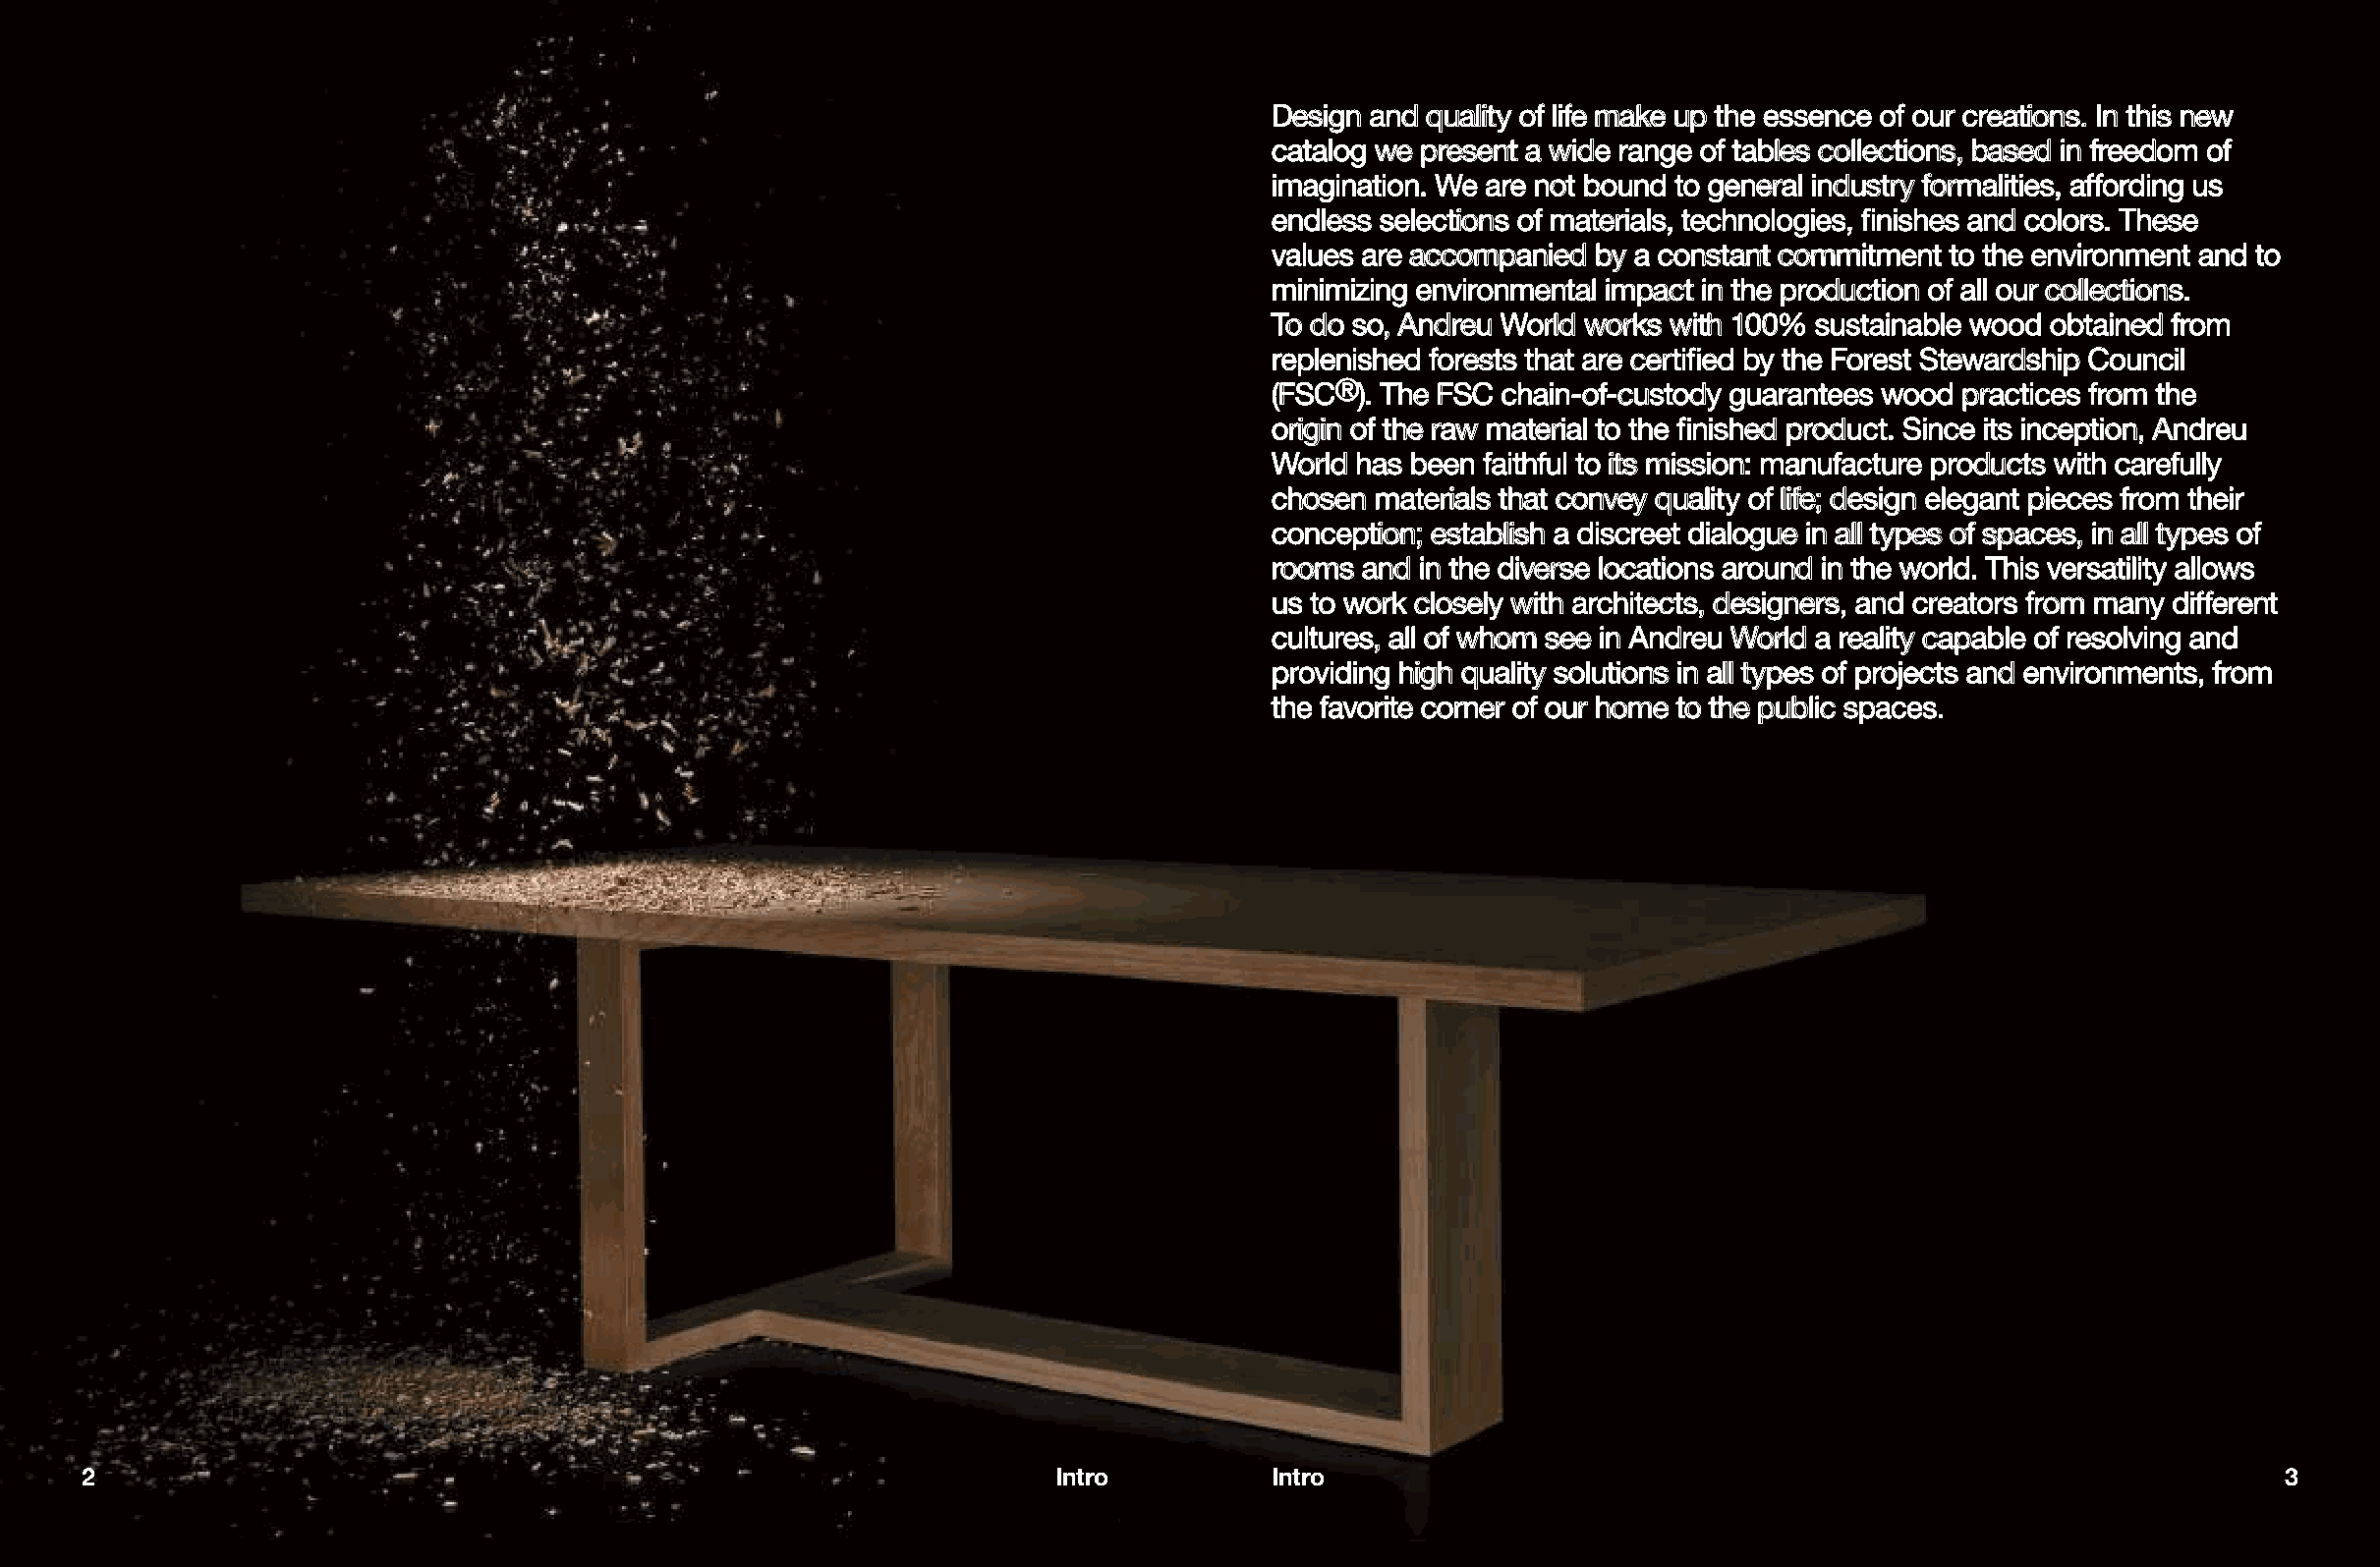
Design and quality of life make up the essence of our creations. In this new
 catalog we present a wide range of tables collections, based in freedom of
 imagination. We are not bound to general industry formalities, affording us
 endless selections of materials, technologies, finishes and colors. These
 values are accompanied by a constant commitment to the environment and to
 minimizing environmental impact in the production of all our collections.
 To do so, Andreu World works with 100% sustainable wood obtained from
 replenished forests that are certified by the Forest Stewardship Council
 (FSC®). The FSC chain-of-custody guarantees wood practices from the
 origin of the raw material to the finished product. Since its inception, Andreu
 World has been faithful to its mission: manufacture products with carefully
 chosen materials that convey quality of life; design elegant pieces from their
 conception; establish a discreet dialogue in all types of spaces, in all types of
 rooms and in the diverse locations around in the world. This versatility allows
 us to work closely with architects, designers, and creators from many different
 cultures, all of whom see in Andreu World a reality capable of resolving and
 providing high quality solutions in all types of projects and environments, from
 the favorite corner of our home to the public spaces.
 2                                                                 Intro          Intro                                                               3